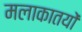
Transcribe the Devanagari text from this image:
मलाकातयों